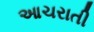
આચરાતી